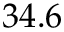
3 4 . 6